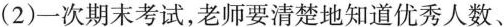
(2)一次期末考试，老师要清楚地知道优秀人数、